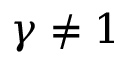
\gamma \neq 1